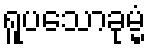
ရူပသောခုမ္မံ